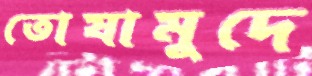
তোষামুদে